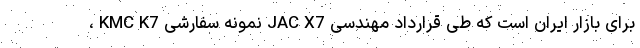
، KMC K7 نمونه سفارشی JAC X7 برای بازار ایران است که طی قرارداد مهندسی